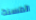
المسنة